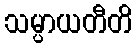
သမ္ပာယတီတိ